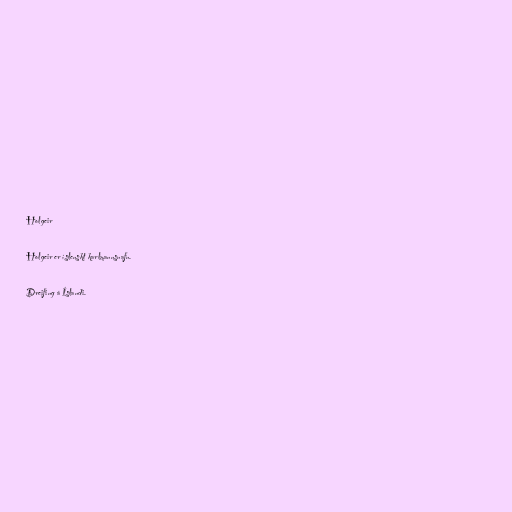
Holgeir

Holgeir er íslenskt karlmannsnafn.

Dreifing á Íslandi.